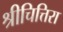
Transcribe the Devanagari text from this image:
श्रीचित्तिरा